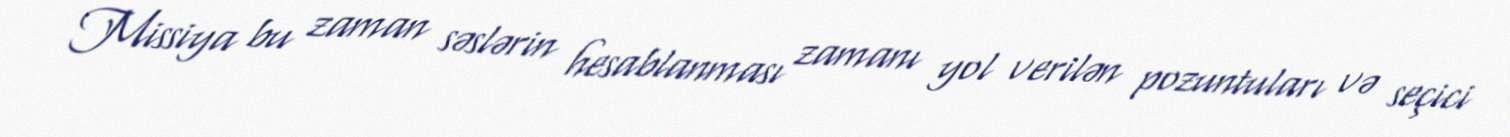
Missiya bu zaman səslərin hesablanması zamanı yol verilən pozuntuları və seçici